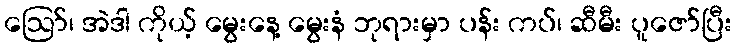
ဪ၊ အဲဒါ ကိုယ့် မွေးနေ့ မွေးနံ ဘုရားမှာ ပန်း ကပ်၊ ဆီမီး ပူဇော်ပြီး